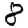
Digit: 8